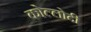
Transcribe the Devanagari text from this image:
कोल्लोदी